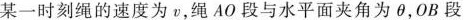
某一时刻绳的速度为v，绳AO段与水平面夹角为θ，0B段